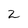
Character: 2